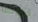
باروكة